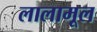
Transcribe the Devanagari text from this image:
लालामूल